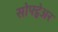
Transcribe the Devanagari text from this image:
सोफ्ट्वेअर